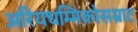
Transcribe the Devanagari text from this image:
अरियधम्मिकोसम्राट